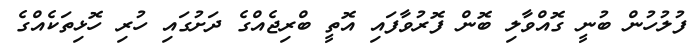
ފުލުހުން ބުނީ ގޮއްވާލި ބޮން ފޮރުވާފައި އޮތީ ބްރިޖެއްގެ ދަށުގައި ހުރި ހޮޅިތަކެއްގެ